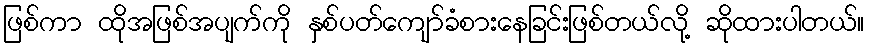
ဖြစ်ကာ ထိုအဖြစ်အပျက်ကို နှစ်ပတ်ကျော်ခံစားနေခြင်းဖြစ်တယ်လို့ ဆိုထားပါတယ်။